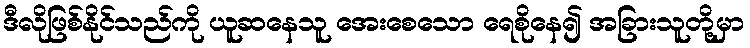
ဒီလိုဖြစ်နိုင်သည်ကို ယူဆနေသူ အေးစေသော ရေစိုနေ၍ အခြားသူတို့မှာ